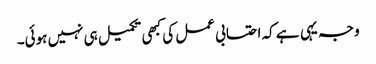
وجہ یہی ہے کہ احتسابی عمل کی کبھی تکمیل ہی نہیں ہوئی۔